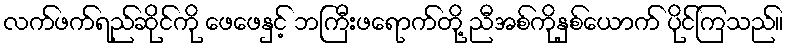
လက်ဖက်ရည်ဆိုင်ကို ဖေဖေနှင့် ဘကြီးဖရောက်တို့ ညီအစ်ကိုနှစ်ယောက် ပိုင်ကြသည်။